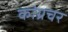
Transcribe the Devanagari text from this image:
कांग्रचर